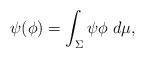
LaTeX: \begin{align*}\psi(\phi)=\int_{\Sigma} \psi\phi\ d\mu,\end{align*}